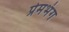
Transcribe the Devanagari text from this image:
प्रेमभंग